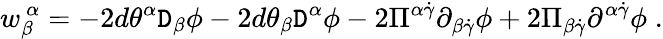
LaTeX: {w}_{\beta}^{~\alpha}=-2d\theta^{\alpha}\mathtt{D}_{\beta}\phi-2d\theta_{\beta}\mathtt{D}^{\alpha}\phi-2\Pi^{\alpha\dot{{\gamma}}}\partial_{\beta\dot{{\gamma}}}\phi+2\Pi_{\beta\dot{{\gamma}}}\partial^{\alpha\dot{{\gamma}}}\phi\; .